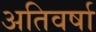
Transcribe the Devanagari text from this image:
अतिवर्षा